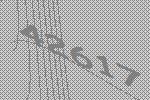
42617